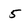
Character: 5